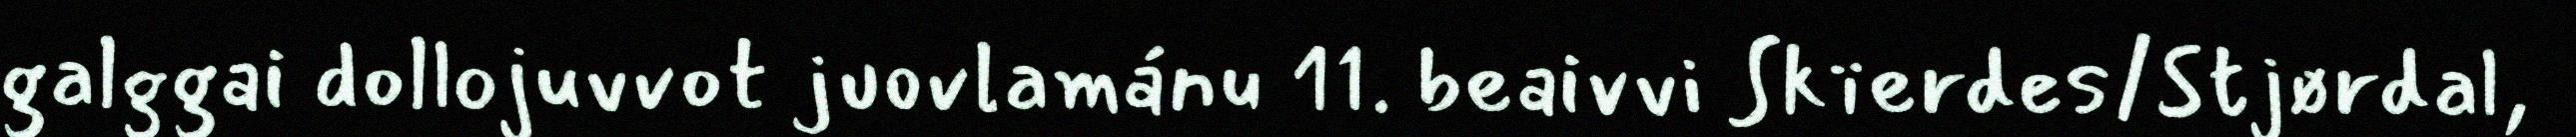
galggai dollojuvvot juovlamánu 11. beaivvi Skïerdes/Stjørdal,